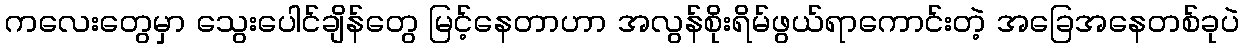
ကလေးတွေမှာ သွေးပေါင်ချိန်တွေ မြင့်နေတာဟာ အလွန်စိုးရိမ်ဖွယ်ရာကောင်းတဲ့ အခြေအနေတစ်ခုပဲ